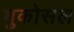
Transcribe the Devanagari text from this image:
मुकोसल